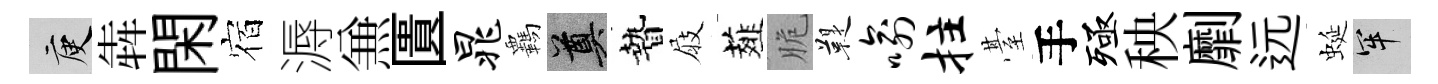
庾犇閑宿溽𠔥匱晁覊奠贄屐薤脆鞮喻拄䑓手殛秧劘远蜒牢